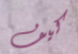
كيف